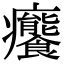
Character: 𤼛